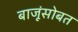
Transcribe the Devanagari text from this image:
बाजूंसोबत